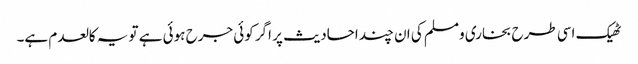
ٹھیک اسی طرح بخاری ومسلم کی ان چند احادیث پر اگر کوئی جرح ہوئی ہے تو یہ کالعدم ہے۔